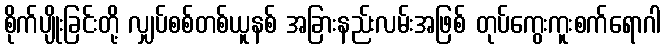
စိုက်ပျိုးခြင်းတို့ လျှပ်စစ်တစ်ယူနစ် အခြားနည်းလမ်းအဖြစ် တုပ်ကွေးကူးစက်ရောဂါ